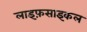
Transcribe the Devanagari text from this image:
लाइफ़साइकल